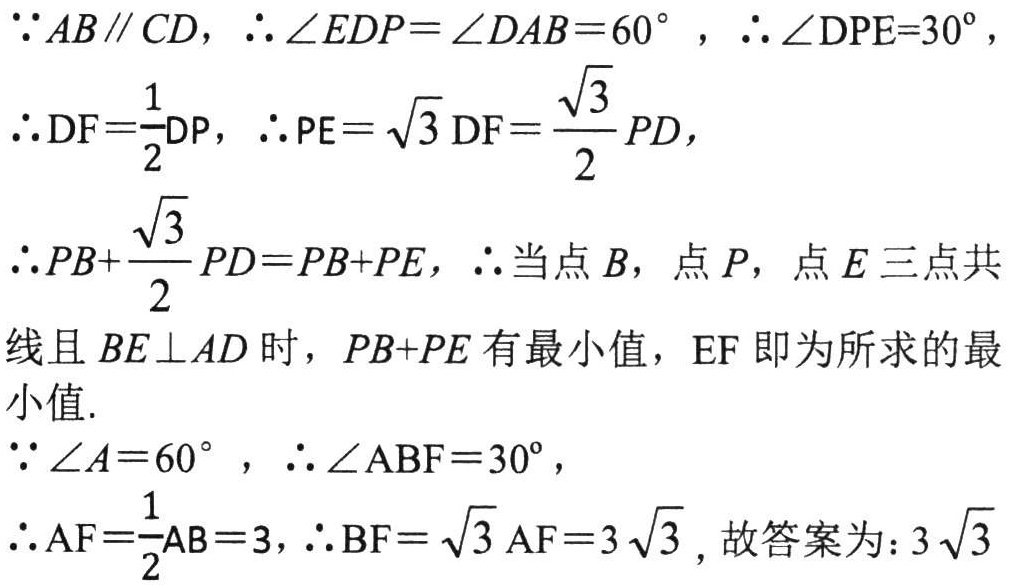
\(\because AB\parallel CD\)，\(\therefore\angle EDP = \angle DAB = 60^{\circ}\)，\(\therefore\angle DPE = 30^{\circ}\)，
\(\therefore DF=\frac{1}{2}DP\)，\(\therefore PE = \sqrt{3}DF=\frac{\sqrt{3}}{2}PD\)，
\(\therefore PB+\frac{\sqrt{3}}{2}PD=PB + PE\)，\(\therefore\)当点\(B\)，点\(P\)，点\(E\)三点共
线且\(BE\perp AD\)时，\(PB + PE\)有最小值，\(EF\)即为所求的最
小值.
\(\because\angle A = 60^{\circ}\)，\(\therefore\angle ABF = 30^{\circ}\)，
\(\therefore AF=\frac{1}{2}AB = 3\)，\(\therefore BF=\sqrt{3}AF = 3\sqrt{3}\)，故答案为：\(3\sqrt{3}\)